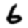
Digit: 6